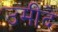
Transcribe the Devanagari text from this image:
उमीदें